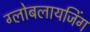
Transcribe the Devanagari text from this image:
ग्लोबलायजिंग